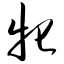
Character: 牝